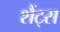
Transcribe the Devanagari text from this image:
शैंट्स